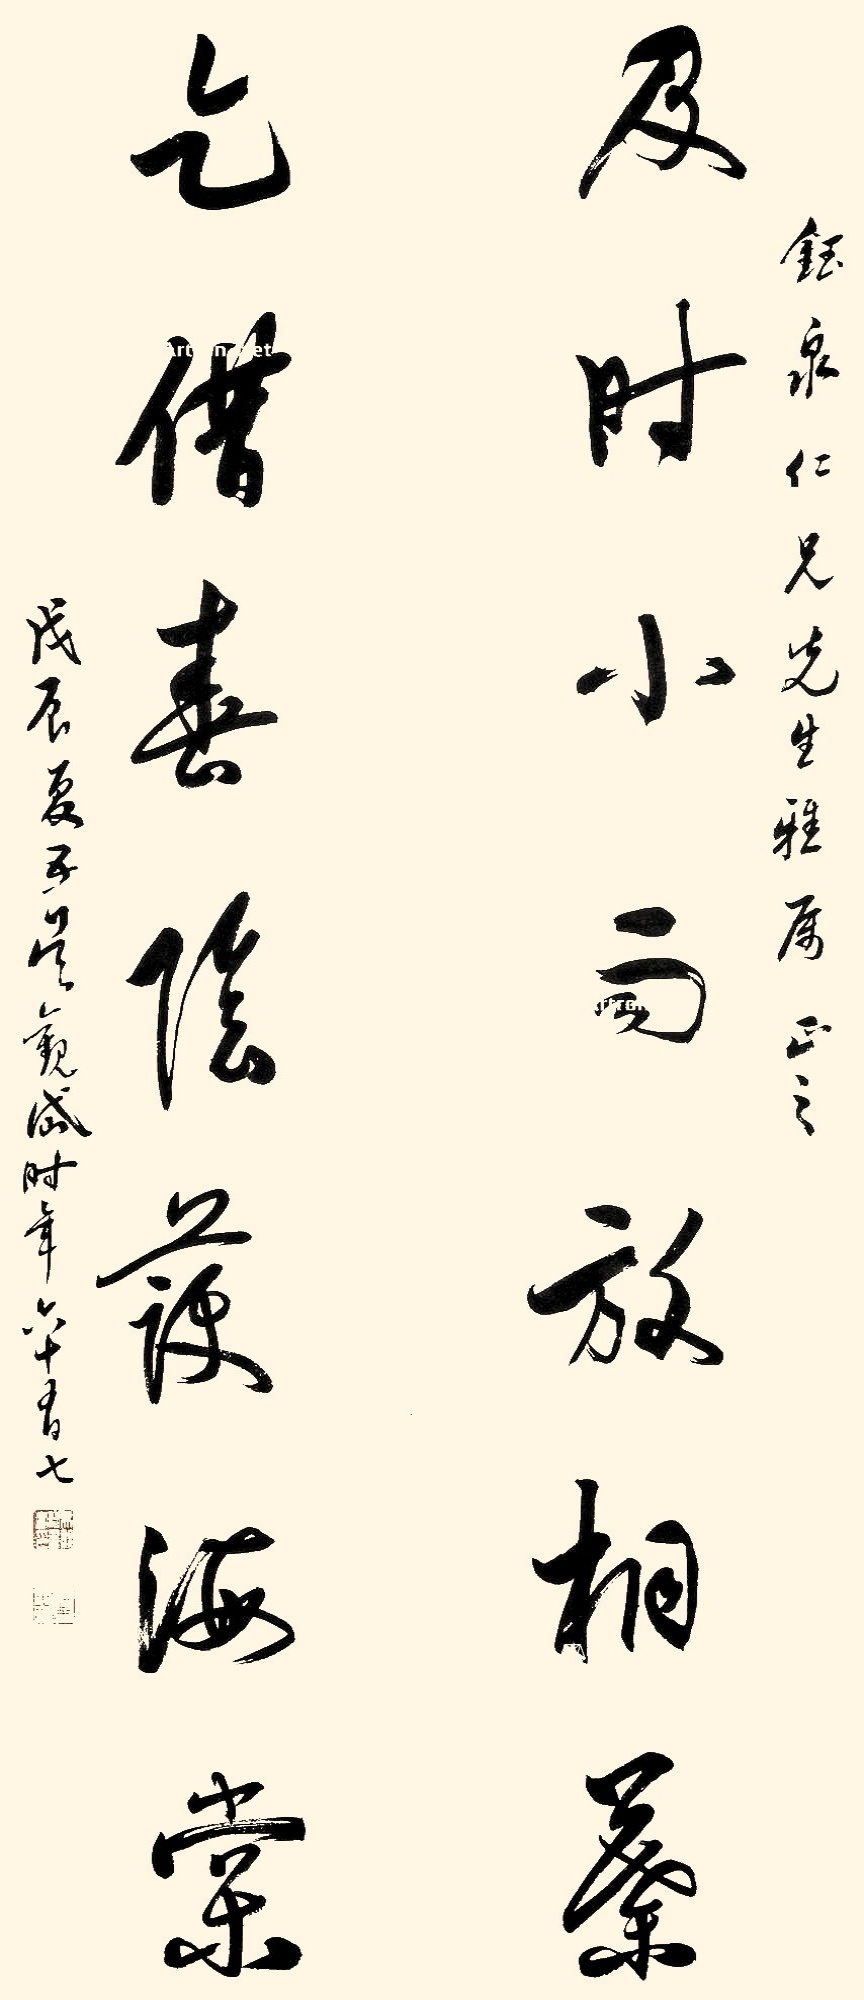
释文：及时小雨放桐叶，乞借春阴护海棠。钰泉仁兄先生雅属正之，戊辰夏五，吴观岱时年六十有七。